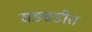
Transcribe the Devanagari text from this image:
सडसडीत